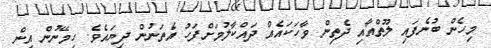
މިހެން ބުނެފައި ލޫތްއާއި ދެތިން ވާހަކައެއް ދައްކާލުމަށްފަހު އެތަނުން ދިޔައެވެ. ހިމޭނުން އިން